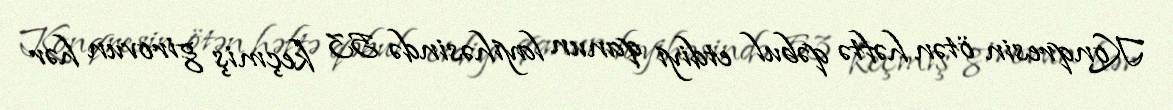
Konqresin ötən həftə qəbul etdiyi qanun layihəsində 53 keçmiş girovun hər